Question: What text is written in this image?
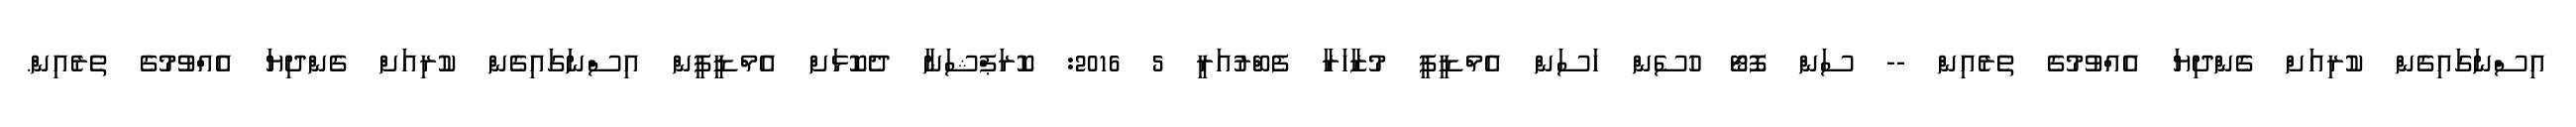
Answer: އިސްނަގައިގެން ކުރިއަށް ގެންދިޔަ އެއްވުމުގެ ތެރެއިން -- ސަން ފޮޓޯ ހުސެން ހަސަން އެމްޑީޕީ މުޒާހަރާ ފެބްރުއަރީ 5 2016: ކޮރަޕްޝަނާ ދެކޮޅަށް އެމްޑީޕީން އިސްނަގައިގެން ކުރިއަށް ގެންދިޔަ އެއްވުމުގެ ތެރެއިން.